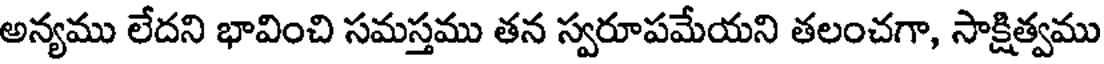
అన్యము లేదని భావించి సమస్తము తన స్వరూపమేయని తలంచగా, సాక్షిత్వము